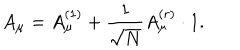
A _ { \mu } = A _ { \mu } ^ { ( 1 ) } + \frac 1 { \sqrt { N } } A _ { \mu } ^ { ( r ) } \cdot 1 .